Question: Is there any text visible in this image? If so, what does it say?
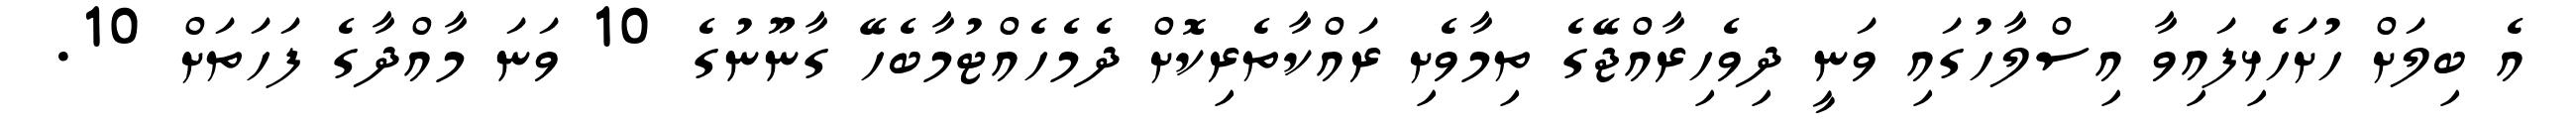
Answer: އެ ބިލަށް ހުށަހެޅިފައިވާ އިސްލާހުގައި ވަނީ ދިވެހިރާއްޖޭގެ ތިމާވެށި ރައްކާތެރިކޮށް ދެމެހެއްޓުމާބެހޭ ގާނޫނުގެ 10 ވަނަ މާއްދާގެ ފަހަތަށް 10.